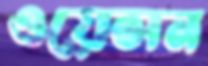
ওয়েসন